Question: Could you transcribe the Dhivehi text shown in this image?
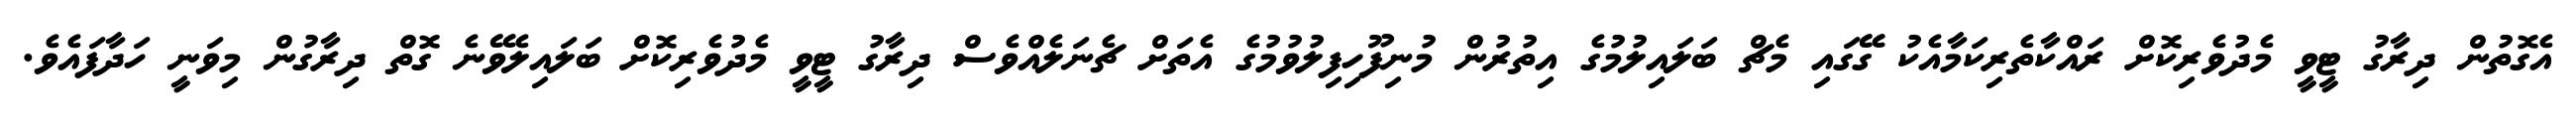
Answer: އެގޮތުން ދިރާގު ޓީވީ މެދުވެރިކޮށް ރައްކާތެރިކަމާއެކު ގޭގައި މެޗް ބަލައިލުމުގެ އިތުރުން މުނިފޫހިފިލުވުމުގެ އެތަށް ޗެނަލެއްވެސް ދިރާގު ޓީވީ މެދުވެރިކޮށް ބަލައިލެވޭނެ ގޮތް ދިރާގުން މިވަނީ ހަދާފައެވެ.